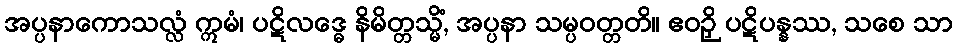
အပ္ပနာကောသလ္လံ ဣမံ၊ ပဋိလဒ္ဓေ နိမိတ္တသ္မိံ, အပ္ပနာ သမ္ပဝတ္တတိ။ ဧဝဉှိ ပဋိပန္နဿ, သစေ သာ